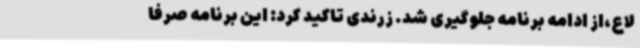
لاع،از ادامه برنامه جلوگیری شد. زرندی تاکید کرد: این برنامه صرفاً